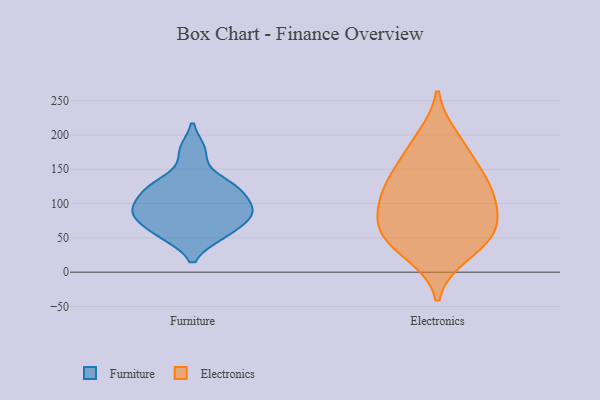
{"axis": {"x": "Net Income (USD K)", "y": "Value"}, "legend": ["Electronics", "Furniture"], "data": [{"x": "", "y": 91, "type": "Furniture"}, {"x": "", "y": 82, "type": "Furniture"}, {"x": "", "y": 119, "type": "Furniture"}, {"x": "", "y": 130, "type": "Furniture"}, {"x": "", "y": 122, "type": "Furniture"}, {"x": "", "y": 94, "type": "Furniture"}, {"x": "", "y": 54, "type": "Furniture"}, {"x": "", "y": 56, "type": "Furniture"}, {"x": "", "y": 83, "type": "Furniture"}, {"x": "", "y": 177, "type": "Furniture"}, {"x": "", "y": 66, "type": "Electronics"}, {"x": "", "y": 117, "type": "Electronics"}, {"x": "", "y": 145, "type": "Electronics"}, {"x": "", "y": 139, "type": "Electronics"}, {"x": "", "y": 69, "type": "Electronics"}, {"x": "", "y": 114, "type": "Electronics"}, {"x": "", "y": 178, "type": "Electronics"}, {"x": "", "y": 26, "type": "Electronics"}, {"x": "", "y": 41, "type": "Electronics"}, {"x": "", "y": 103, "type": "Electronics"}, {"x": "", "y": 196, "type": "Electronics"}, {"x": "", "y": 48, "type": "Electronics"}, {"x": "", "y": 77, "type": "Electronics"}]}